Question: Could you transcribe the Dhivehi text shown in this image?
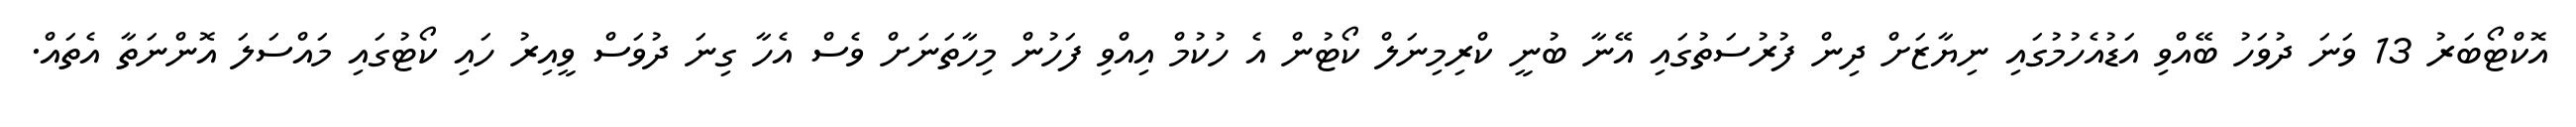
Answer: އޮކްޓޯބަރު 13 ވަނަ ދުވަހު ބޭއްވި އަޑުއެހުމުގައި ނިޔާޒަށް ދިން ފުރުސަތުގައި އޭނާ ބުނީ ކްރިމިނަލް ކޯޓުން އެ ހުކުމް އިއްވި ފަހުން މިހާތަނަށް ވެސް އެހާ ގިނަ ދުވަސް ވީއިރު ހައި ކޯޓުގައި މައްސަލަ އޮންނަތާ އެތައް.